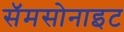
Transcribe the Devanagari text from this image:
सॅमसोनाइट